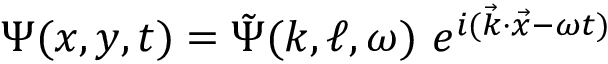
\Psi ( x , y , t ) = \tilde { \Psi } ( k , \ell , \omega ) ~ e ^ { i ( \vec { k } \cdot \vec { x } - \omega t ) }